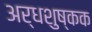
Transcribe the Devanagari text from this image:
अर्धशुष्कक